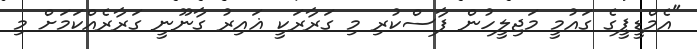
"އެމްޑީޕީގެ ގައުމީ މަޖިލީހުން ފާސްކުރި މި ގަރާރަކީ ޣައިރު ގާނޫނީ ގަރާރެއްކަމަށް މި